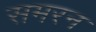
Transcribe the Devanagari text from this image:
समरन